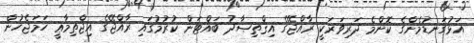
އަޅުގަނޑުމެންގެ ކޮންމެ ދަރިވަރަކީ ރާއްޖޭގެ އިޤްތިޞާދު ބައްޓަން ކުރުމުގައި ރާއްޖޭގެ އިޖްތިމާޢީ ހަމަޖެހުން